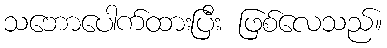
သဘောပေါက်ထားပြီး ဖြစ်လေသည်။